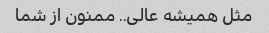
مثل همیشه عالی.. ممنون از شما